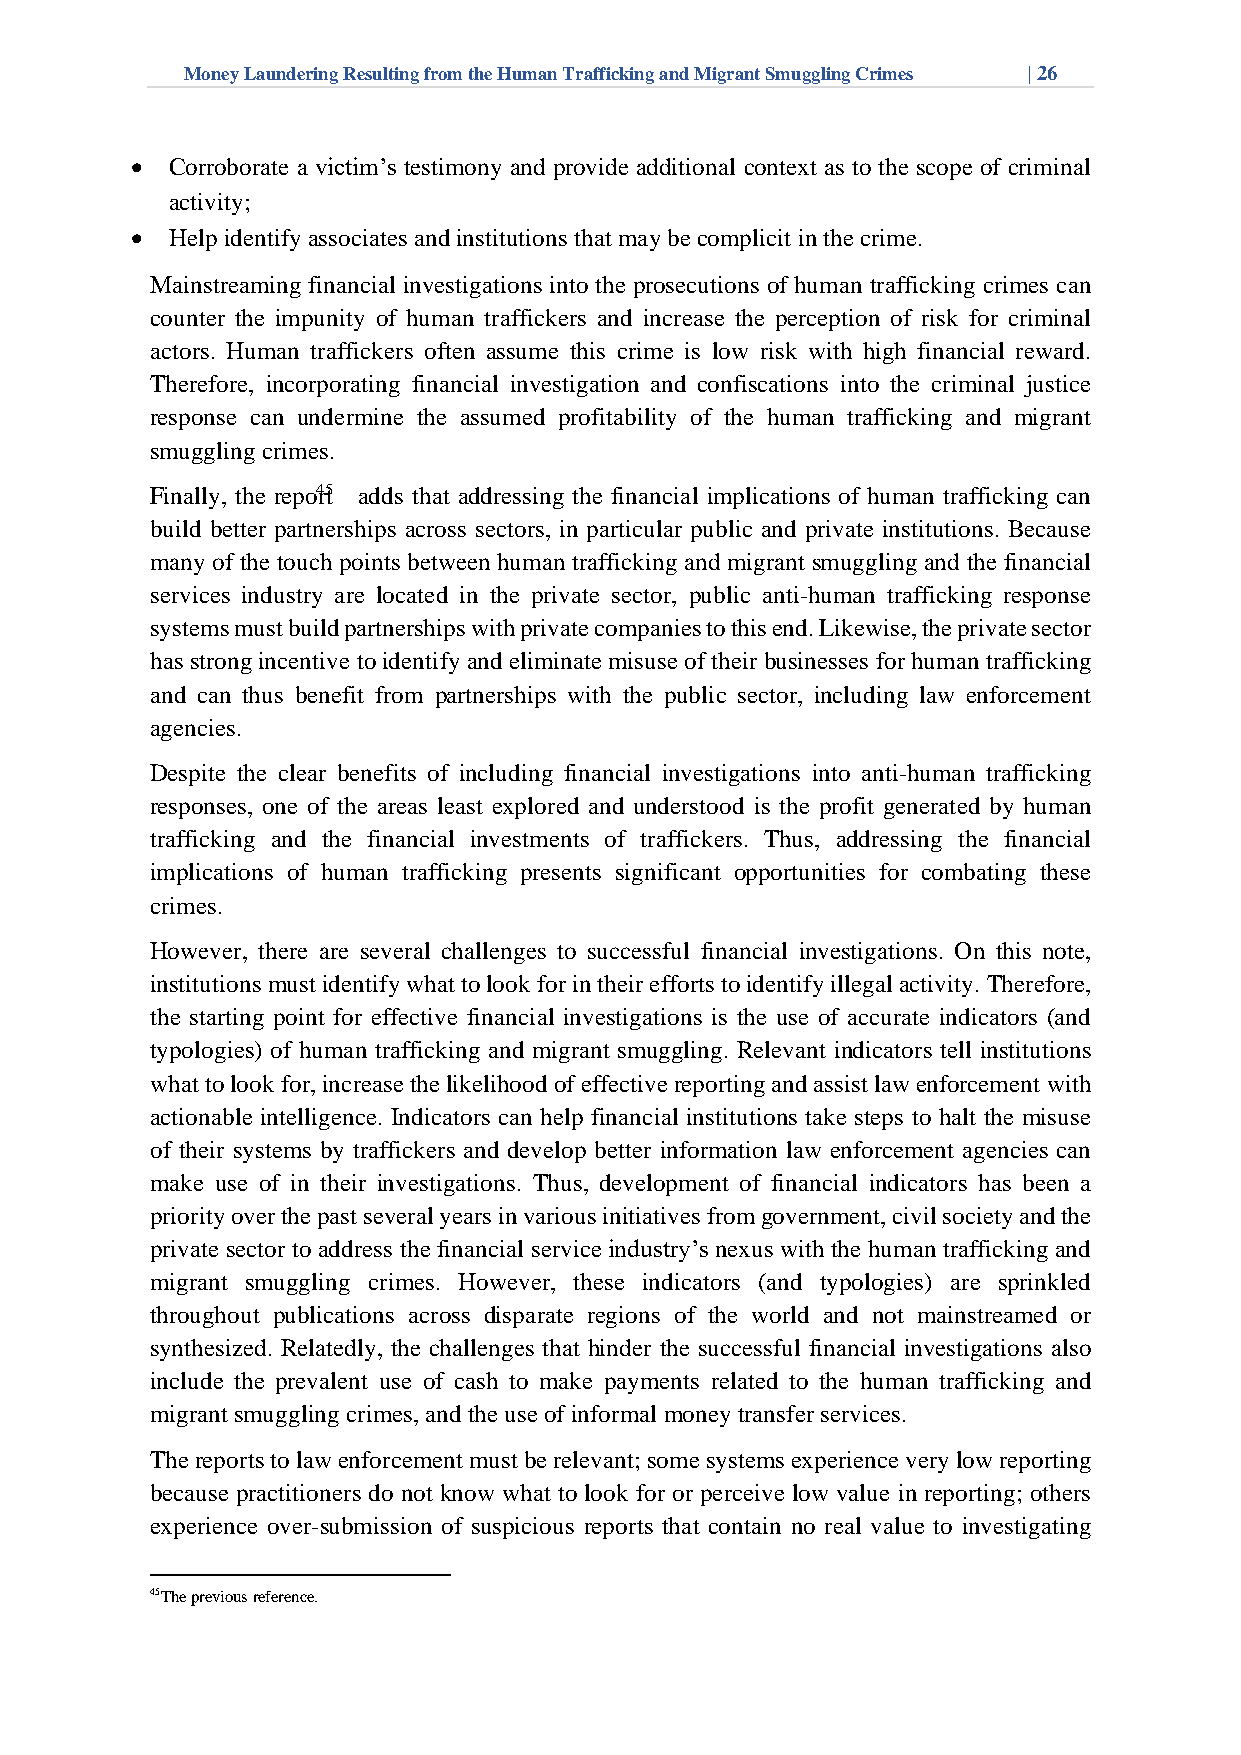
Money Laundering Resulting from the Human Trafficking and Migrant Smuggling Crimes | 26
 • Corroborate a victim’s testimony and provide additional context as to the scope of criminal
 activity;
 • Help identify associates and institutions that may be complicit in the crime.
 Mainstreaming financial investigations into the prosecutions of human trafficking crimes can
 counter the impunity of human traffickers and increase the perception of risk for criminal
 actors. Human traffickers often assume this crime is low risk with high financial reward.
 Therefore, incorporating financial investigation and confiscations into the criminal justice
 response can undermine the assumed profitability of the human trafficking and migrant
 smuggling crimes.
 Finally, the repo4r5t adds that addressing the financial implications of human trafficking can
 build better partnerships across sectors, in particular public and private institutions. Because
 many of the touch points between human trafficking and migrant smuggling and the financial
 services industry are located in the private sector, public anti-human trafficking response
 systems must build partnerships with private companies to this end. Likewise, the private sector
 has strong incentive to identify and eliminate misuse of their businesses for human trafficking
 and can thus benefit from partnerships with the public sector, including law enforcement
 agencies.
 Despite the clear benefits of including financial investigations into anti-human trafficking
 responses, one of the areas least explored and understood is the profit generated by human
 trafficking and the financial investments of traffickers. Thus, addressing the financial
 implications of human trafficking presents significant opportunities for combating these
 crimes.
 However, there are several challenges to successful financial investigations. On this note,
 institutions must identify what to look for in their efforts to identify illegal activity. Therefore,
 the starting point for effective financial investigations is the use of accurate indicators (and
 typologies) of human trafficking and migrant smuggling. Relevant indicators tell institutions
 what to look for, increase the likelihood of effective reporting and assist law enforcement with
 actionable intelligence. Indicators can help financial institutions take steps to halt the misuse
 of their systems by traffickers and develop better information law enforcement agencies can
 make use of in their investigations. Thus, development of financial indicators has been a
 priority over the past several years in various initiatives from government, civil society and the
 private sector to address the financial service industry’s nexus with the human trafficking and
 migrant smuggling crimes. However, these indicators (and typologies) are sprinkled
 throughout publications across disparate regions of the world and not mainstreamed or
 synthesized. Relatedly, the challenges that hinder the successful financial investigations also
 include the prevalent use of cash to make payments related to the human trafficking and
 migrant smuggling crimes, and the use of informal money transfer services.
 The reports to law enforcement must be relevant; some systems experience very low reporting
 because practitioners do not know what to look for or perceive low value in reporting; others
 experience over-submission of suspicious reports that contain no real value to investigating
 45The previous reference.